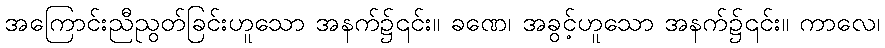
အကြောင်းညီညွတ်ခြင်းဟူသော အနက်၌၎င်း။ ခဏေ၊ အခွင့်ဟူသော အနက်၌၎င်း။ ကာလေ၊